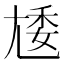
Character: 𡯵